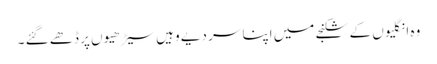
وہ انگلیوں کے شکنجے میں اپنا سر دیے وہیں سیڑھیوں پر ڈھے گئے ۔